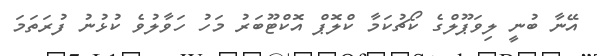
އޭނާ ބުނީ ލިވަޕޫލްގެ ކޯޗުކަމާ ކްލޮޕް އޮކްޓޫބަރު މަހު ހަވާލުވެ ކުޅުނު ފުރަތަމަ